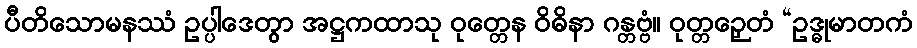
ပီတိသောမနဿံ ဥပ္ပါဒေတွာ အဋ္ဌကထာသု ဝုတ္တေန ဝိဓိနာ ဂန္တဗ္ဗံ။ ဝုတ္တဉှေတံ “ဥဒ္ဓုမာတကံ